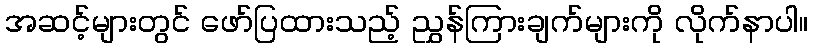
အဆင့်များတွင် ဖော်ပြထားသည့် ညွှန်ကြားချက်များကို လိုက်နာပါ။